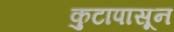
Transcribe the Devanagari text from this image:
कुटापासून